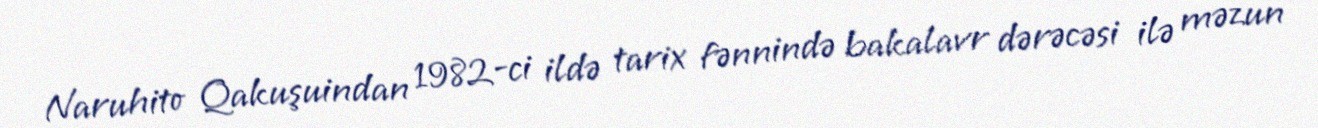
Naruhito Qakuşuindan 1982-ci ildə tarix fənnində bakalavr dərəcəsi ilə məzun